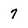
Character: 7